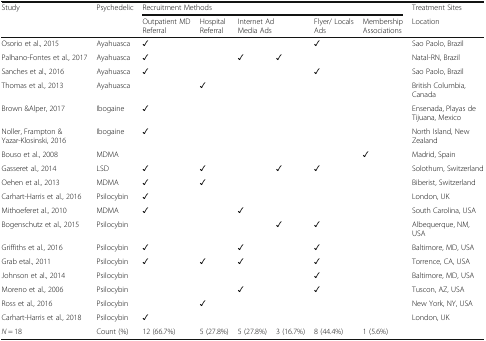
<table><thead><tr><td rowspan="2"><b>Study</b></td><td rowspan="2"><b>Psychedelic</b></td><td colspan="6"><b>Recruitment Methods</b></td><td><b>Treatment Sites</b></td></tr><tr><td><b>Outpatient MD Referral</b></td><td><b>Hospital Referral</b></td><td colspan="2"><b>Internet Ad Media Ads</b></td><td><b>Flyer/ Locals Ads</b></td><td><b>Membership Associations</b></td><td><b>Location</b></td></tr></thead><tbody><tr><td>Osorio et al., 2015</td><td>Ayahuasca</td><td>✓</td><td></td><td></td><td></td><td>✓</td><td></td><td>Sao Paolo, Brazil</td></tr><tr><td>Palhano-Fontes et al., 2017</td><td>Ayahuasca</td><td>✓</td><td></td><td>✓</td><td>✓</td><td></td><td></td><td>Natal-RN, Brazil</td></tr><tr><td>Sanches et al., 2016</td><td>Ayahuasca</td><td>✓</td><td></td><td></td><td></td><td>✓</td><td></td><td>Sao Paolo, Brazil</td></tr><tr><td>Thomas et al., 2013</td><td>Ayahuasca</td><td></td><td>✓</td><td></td><td></td><td></td><td></td><td>British Columbia, Canada</td></tr><tr><td>Brown &amp;Alper, 2017</td><td>Ibogaine</td><td>✓</td><td></td><td></td><td></td><td></td><td></td><td>Ensenada, Playas de Tijuana, Mexico</td></tr><tr><td>Noller, Frampton &amp; Yazar-Klosinski, 2016</td><td>Ibogaine</td><td>✓</td><td></td><td></td><td></td><td></td><td></td><td>North Island, New Zealand</td></tr><tr><td>Bouso et al., 2008</td><td>MDMA</td><td></td><td></td><td></td><td></td><td></td><td>✓</td><td>Madrid, Spain</td></tr><tr><td>Gasseret al., 2014</td><td>LSD</td><td>✓</td><td>✓</td><td></td><td>✓</td><td>✓</td><td></td><td>Solothurn, Switzerland</td></tr><tr><td>Oehen et al., 2013</td><td>MDMA</td><td>✓</td><td>✓</td><td></td><td></td><td></td><td></td><td>Biberist, Switzerland</td></tr><tr><td>Carhart-Harris et al., 2016</td><td>Psilocybin</td><td>✓</td><td></td><td></td><td></td><td></td><td></td><td>London, UK</td></tr><tr><td>Mithoeferet al., 2010</td><td>MDMA</td><td>✓</td><td></td><td>✓</td><td></td><td></td><td></td><td>South Carolina, USA</td></tr><tr><td>Bogenschutz et al., 2015</td><td>Psilocybin</td><td></td><td></td><td></td><td>✓</td><td>✓</td><td></td><td>Albequerque, NM, USA</td></tr><tr><td>Griffiths et al., 2016</td><td>Psilocybin</td><td>✓</td><td></td><td>✓</td><td></td><td>✓</td><td></td><td>Baltimore, MD, USA</td></tr><tr><td>Grab etal., 2011</td><td>Psilocybin</td><td>✓</td><td>✓</td><td>✓</td><td></td><td>✓</td><td></td><td>Torrence, CA, USA</td></tr><tr><td>Johnson et al., 2014</td><td>Psilocybin</td><td></td><td></td><td></td><td></td><td>✓</td><td></td><td>Baltimore, MD, USA</td></tr><tr><td>Moreno et al., 2006</td><td>Psilocybin</td><td></td><td></td><td>✓</td><td></td><td>✓</td><td></td><td>Tuscon, AZ, USA</td></tr><tr><td>Ross et al., 2016</td><td>Psilocybin</td><td></td><td>✓</td><td></td><td></td><td></td><td></td><td>New York, NY, USA</td></tr><tr><td>Carhart-Harris et al., 2018</td><td>Psilocybin</td><td>✓</td><td></td><td></td><td></td><td></td><td></td><td>London, UK</td></tr><tr><td><i>N</i> = 18</td><td>Count (%)</td><td>12 (66.7%)</td><td>5 (27.8%)</td><td>5 (27.8%)</td><td>3 (16.7%)</td><td>8 (44.4%)</td><td>1 (5.6%)</td><td></td></tr></tbody></table>